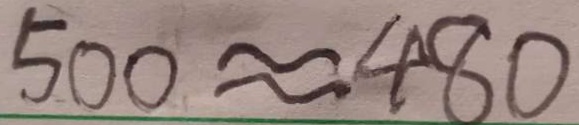
5 0 0 \approx 4 8 0